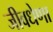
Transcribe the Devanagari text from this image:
जीवधेणा